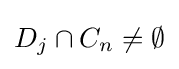
D_{j}\cap C_{n}\neq \emptyset